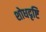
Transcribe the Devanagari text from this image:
शोधदृष्टि